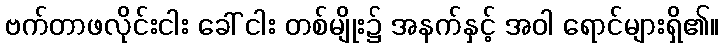
ဗက်တာဖလိုင်းငါး ခေါ် ငါး တစ်မျိုး၌ အနက်နှင့် အဝါ ရောင်များရှိ၏။